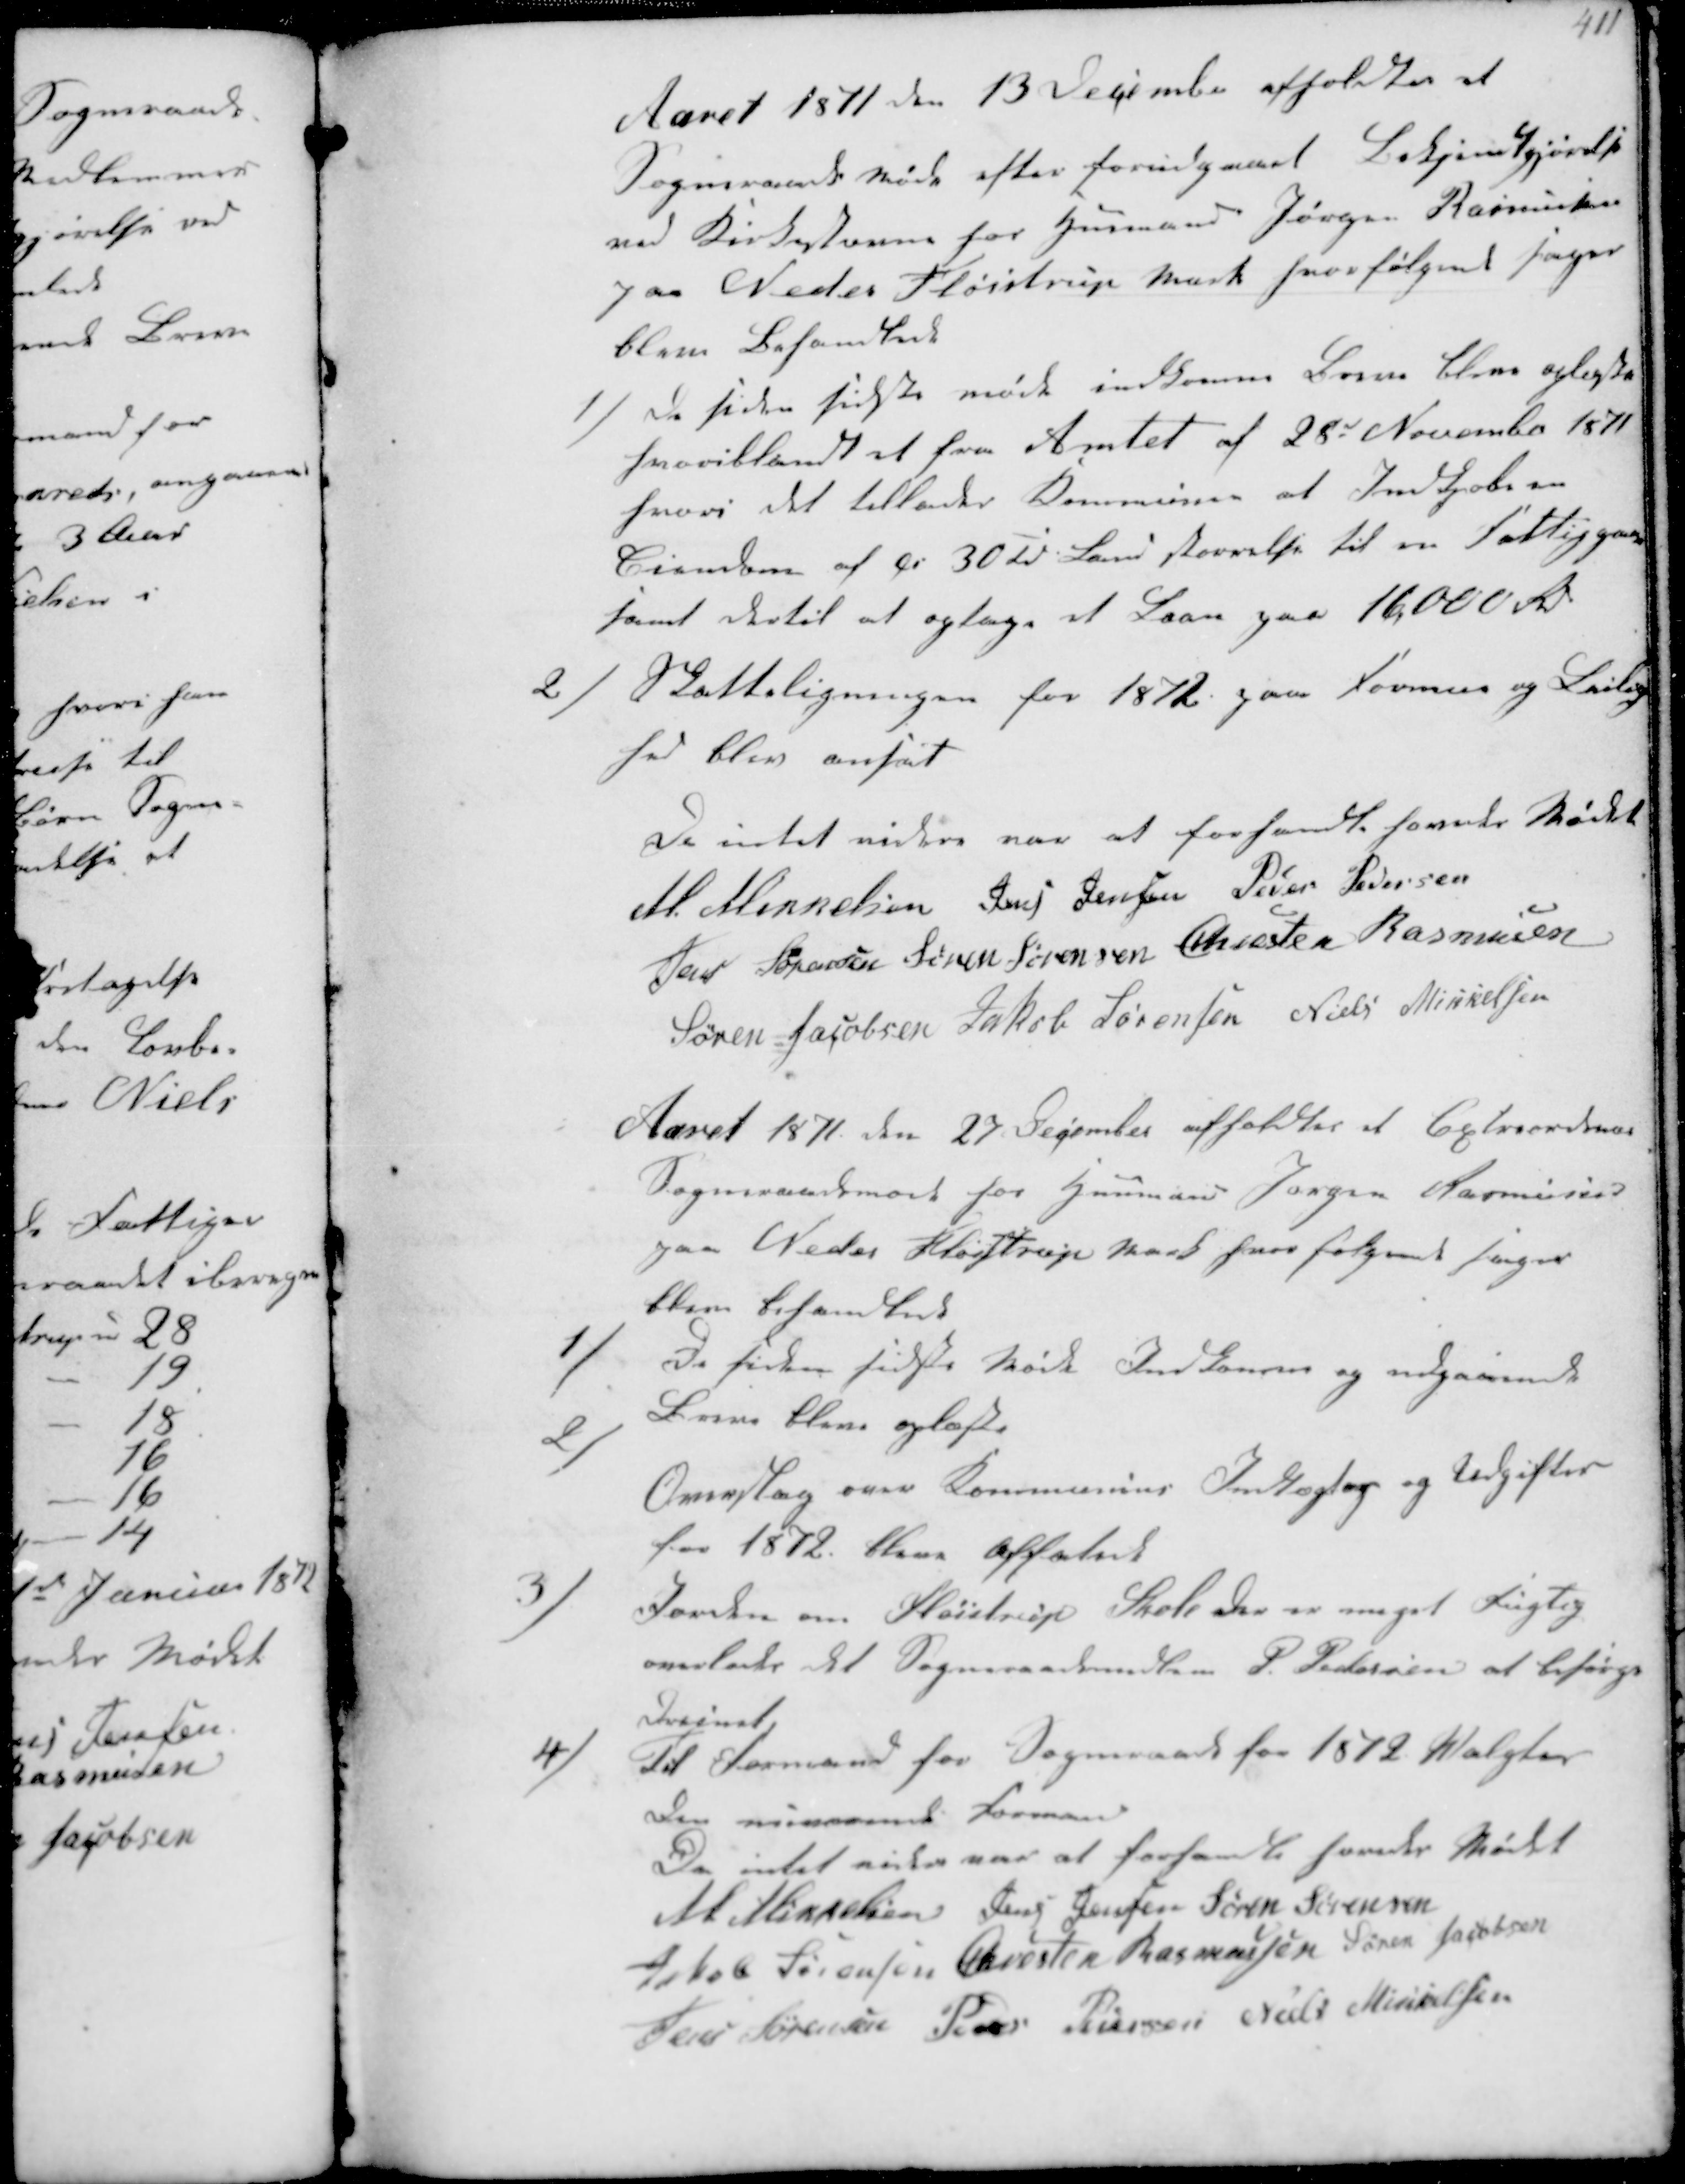
Transskription:
Aaret 1871 den 13 December afholdtes et
Sogneraadsmøde efter forudgaaet Bekjendtgjørelse
ved Kirkestævne hos Gunnar Jørgen Rasmussen
paa Veder Fløistrup Mark hvor følgende sager
blev behandlede

1/
De siden sidste møde indkomne Breve bleve oplæste
heriblandt et fra Amtet af 28d November 1871
hvori det tillades Kommunen at Indkjøbe en
Ejendom af ca 30 td Land størrelse til en Fattiggaard
samt dertil at optage et Laan paa 16000 Rd

2/
Statteligningen for 1872 paa Formue og Lejlig-
hed blev ansat
Da intet videre var at forhandle hævedes Mødet
M. Mikkelsen Jens Jensen Peder Pedersen
Jen Sørensen Søren Sørensen Chresten Rasmussen
Søren Jacobsen Jakob Sørensen Niels Mikkelsen

Aaret 1871 den 27 December afholdtes et Extraordinær
Sogneraadsmøde hos Gunnar Jørgen Rasmussen
paa Neder Fløjstrup Mark hvor følgende Sager
blev behandled

1/
De siden sidste Møde Indkomne og udgaaende
Breve bleve oplæste
2/
Overslag over Kommunens Indtægter og Udgifter
for 1872 bleve affatet
3/
Jorden om Fløjstrup Skole der er meget Vigtig
overlades det Sogneraadsmedlem P. Pedersen at besørge
 
4/
til Formand for Sogneraad for 1872 Valgtes
den nuværende Formand
Da intet andet var at forhandle hævedes Mødet
M Miktelsen Jens Jensen Søren Sørensen
Jakob Sørensen Chresten Rasmussen Søren Jacobsen
Jens Sørensen Peder Pedersen Niels Mikkelsen